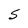
Character: S